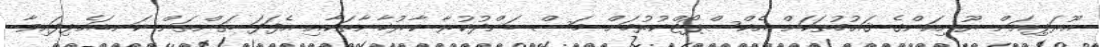
އޫރަޕިއަން ޔޫނިއަންގެ ޤައުމުތަކަށް އެކްސްޕޯޓްކުރުމަށް މަސް ބަންދުކުރާ ކާރުޚާނާތަކާއި އެފަދަ ތަންތަން ކަނޑައެޅިފައިވާ